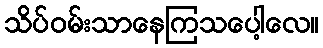
သိပ်ဝမ်းသာနေကြသပေါ့လေ။